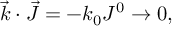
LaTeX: { \vec { k } } \cdot { \vec { J } } = - k _ { 0 } J ^ { 0 } \rightarrow 0 ,